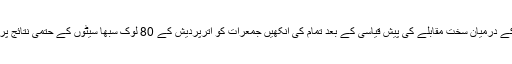
بی ایس پی کے درمیان سخت مقابلے کی پیش قیاسی کے بعد تمام کی آنکھیں جمعرات کو اترپردیش کے 80 لوک سبھا سیٹوں کے حتمی نتائج پر مرکوز ہیں۔